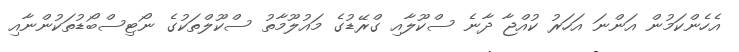
އެހެންކަމުން އަންނަ އަހަރު ކުއްޖާ ދާނެ ސްކޫލާއި ގްރޭޑުގެ މައުލޫމާތު ސްކޫލްތަކުގެ ނޯޓިސްބޯޑުތަކުންނާއި